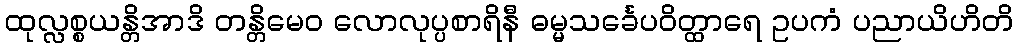
ထုလ္လစ္စယန္တိအာဒိ တန္တိမေဝ လောလုပ္ပစာရိနီ ဓမ္မသင်္ခေပဝိတ္ထာရေ ဥပကံ ပညာယိဟိတိ